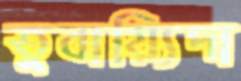
তুবায়্যিদা